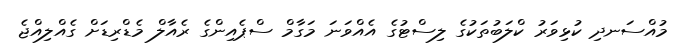
މުއްސަނދި ކުޅިވަރު ކްލަބުތަކުގެ ލިސްޓުގެ އެއްވަނަ މަގާމް ސްޕެއިންގެ ރެއާލް މެޑްރިޑަށް ގެއްލިއްޖެ